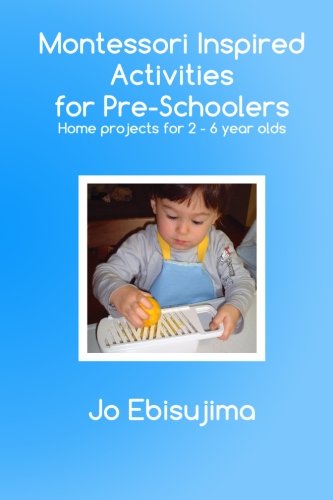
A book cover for Montessori Inspired Activities For Pre-Schoolers: Home based projects for 2-6 year olds (Volume 1); Jo Ebisujima; Education & Teaching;